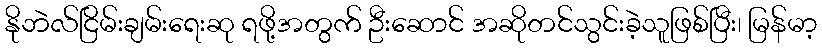
နိုဘဲလ်ငြိမ်းချမ်းရေးဆု ရဖို့အတွက် ဦးဆောင် အဆိုတင်သွင်းခဲ့သူဖြစ်ပြီး၊ မြန်မာ့